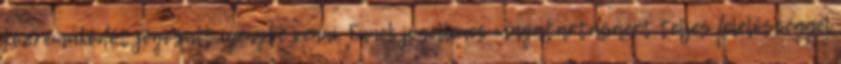
közreműködőt jogosult igénybe venni. Ennek jogellenes magatartásáért teljes felelősséggel